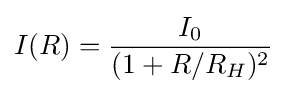
I(R)={\frac {I_{0}}{(1+R/R_{H})^{2}}}